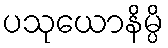
ပသုယောနိမ္ပိ